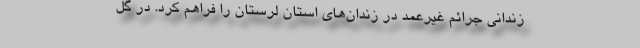
زندانی جرائم غیرعمد در زندان‌های استان لرستان را فراهم کرد. در گل